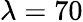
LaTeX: \lambda=70